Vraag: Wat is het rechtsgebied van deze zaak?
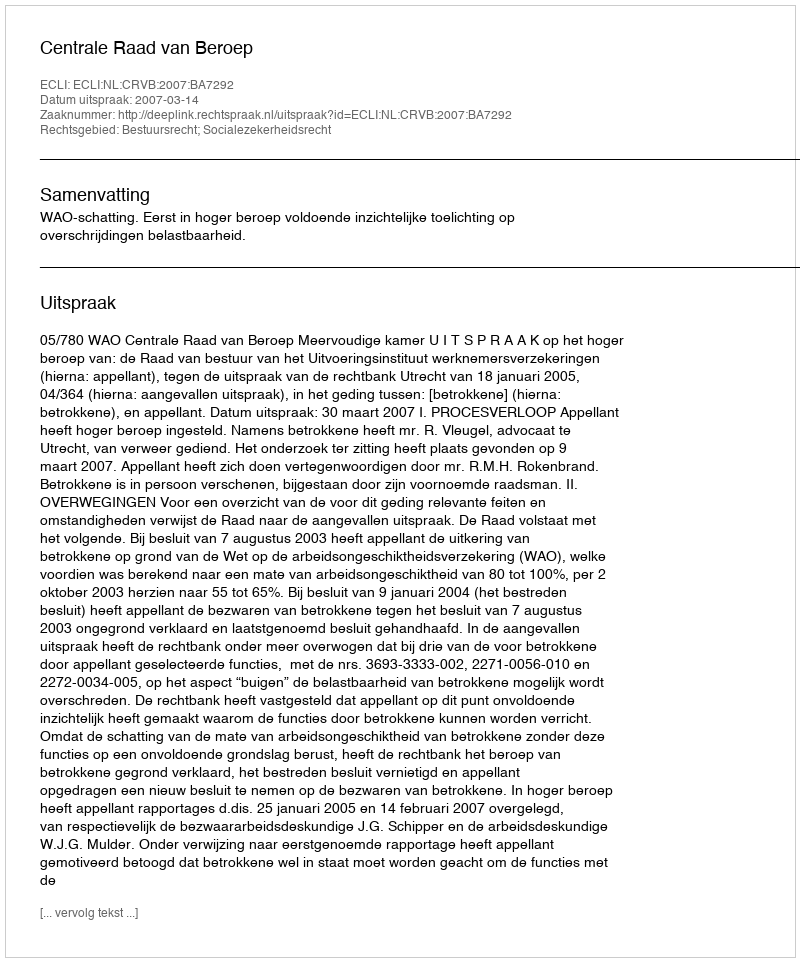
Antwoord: Bestuursrecht; Socialezekerheidsrecht